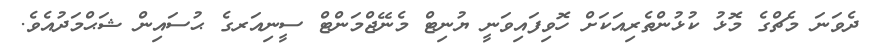
ދެވަނަ މެޗްގެ މޮޅު ކުޅުންތެރިއަކަށް ހޮވިފައިވަނީ ޔުނިޓް މެނޭޖްމަންޓް ސީނިއަރގެ ޙުސައިން ޝަޙްމަދުއެވެ.